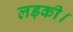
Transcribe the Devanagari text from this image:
लड़की।